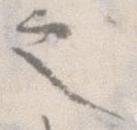
之